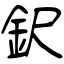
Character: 鈬